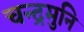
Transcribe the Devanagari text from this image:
चन्द्रमुनि